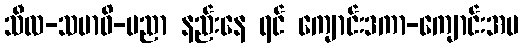
သီလ-သမာဓိ-ပညာ နည်းနေ ရင် ကျောင်းဒကာ-ကျောင်းအမ